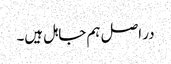
در اصل ہم جاہل ہیں۔